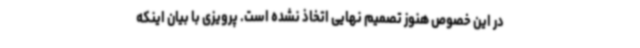
در این خصوص هنوز تصمیم نهایی اتخاذ نشده است. پرویزی با بیان اینکه